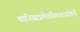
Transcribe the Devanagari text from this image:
वारियात्रमेतस्मिन्नार्यावर्तें